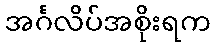
အင်္ဂလိပ်အစိုးရက